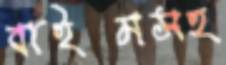
বাইমসহ